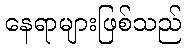
နေရာများဖြစ်သည်